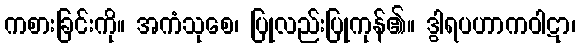
ကစားခြင်းကို။ အကံသုစေ၊ ပြုလည်းပြုကုန်၏။ ဒွါရပဟာကဝါဋာ၊